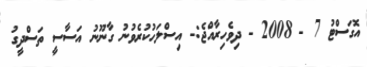
އޮގަސްޓު 7 - 2008 - ދިވެހިރާއްޖެ:- އިސްލަހުކުރެވުނު ގާނޫނު އަސާސީ ތަސްދީގު